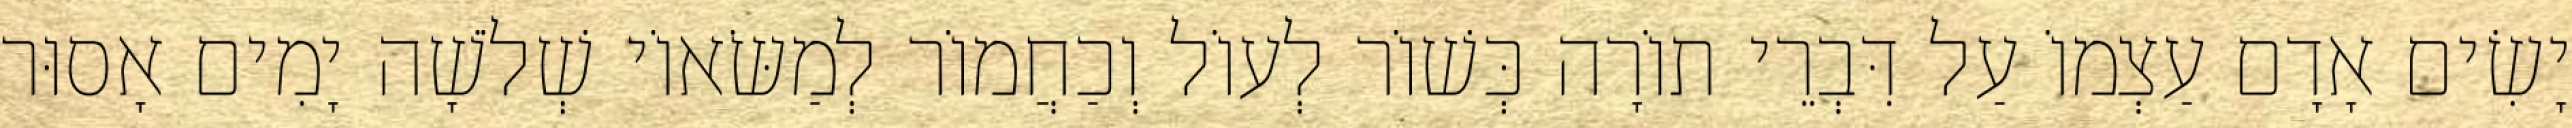
יָשִׂים אָדָם עַצְמוֹ עַל דִּבְרֵי תוֹרָה כְּשׁוֹר לְעוֹל וְכַחֲמוֹר לְמַשּׂאוֹי שְׁלֹשָׁה יָמִים אָסוּר